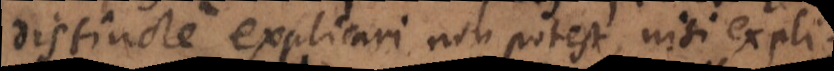
distincte explicari non potest, nisi expli